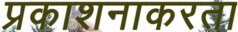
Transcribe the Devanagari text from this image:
प्रकाशनाकरता